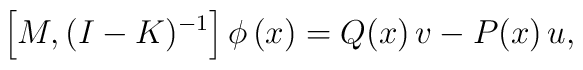
\left[M,(I-K)^{-1}\right]\phi\,(x)=Q(x)\,v-P(x)\,u,